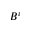
B ^ { i }